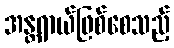
အန္တရာယ်ဖြစ်စေသည့်